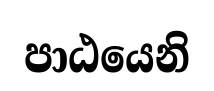
පාඨයෙනි